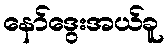
နော်ဒွေးအယ်ခူ